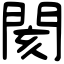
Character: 閡